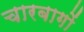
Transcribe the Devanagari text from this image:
चारबागों